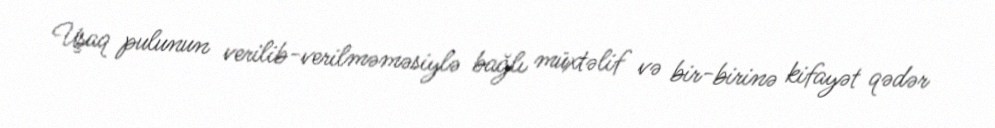
Uşaq pulunun verilib-verilməməsiylə bağlı müxtəlif və bir-birinə kifayət qədər